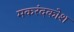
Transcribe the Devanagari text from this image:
मकरंदकोश